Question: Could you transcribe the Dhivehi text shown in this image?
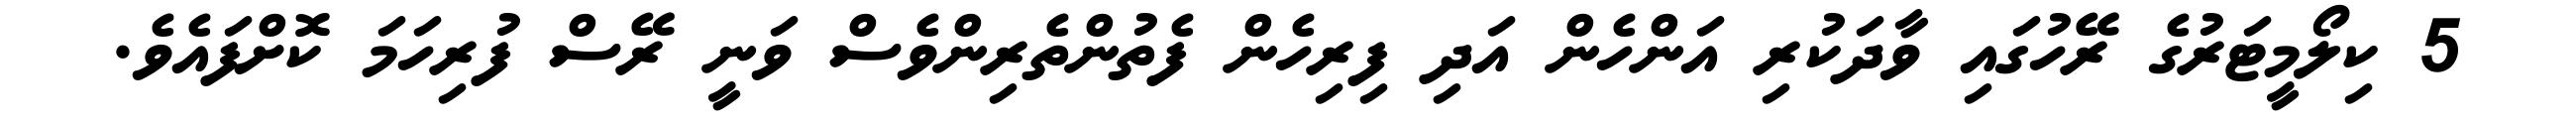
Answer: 5 ކިލޯމީޓަރުގެ ރޭހުގައި ވާދަކުރި އަންހެން އަދި ފިރިހެން ފެތުންތެރިންވެސް ވަނީ ރޭސް ފުރިހަމަ ކޮށްފައެވެ.